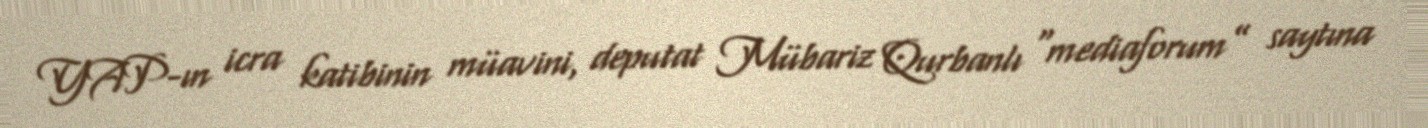
YAP-ın icra katibinin müavini, deputat Mübariz Qurbanlı “mediaforum” saytına